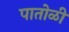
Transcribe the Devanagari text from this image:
पातोळी